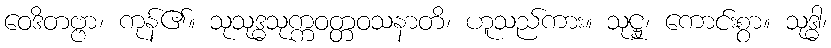
ဝေဒိတဗ္ဗာ၊ ကုန်၏။ သုသုဒ္ဓသုက္ကဝတ္တဝသနာတိ၊ ဟူသည်ကား။ သုဋ္ဌု၊ ကောင်းစွာ။ သုဒ္ဓါ၊